Indian journal of veterinary science and animal husbandry - Volume 5,
Year: 1935
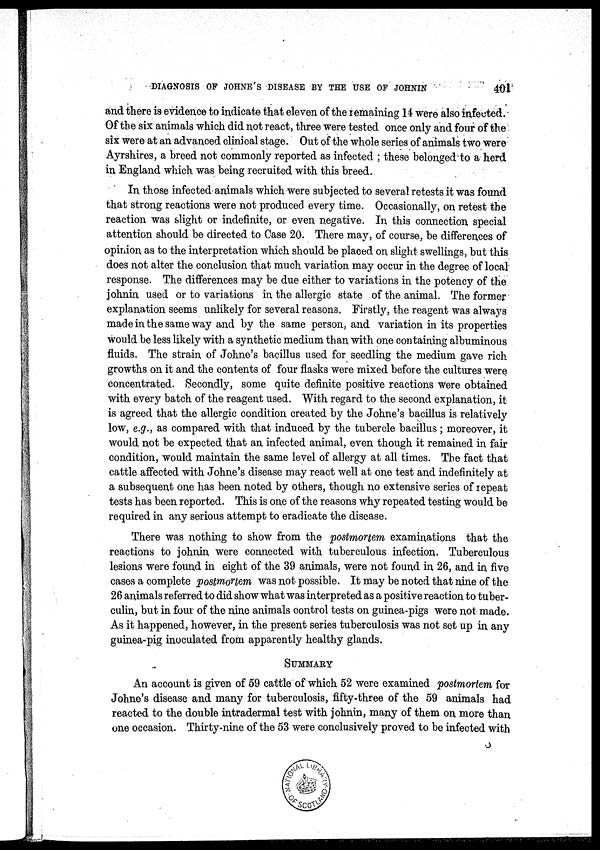
DIAGNOSIS OF JOHNE'S DISEASE BY THE USE OF JOHNIN
401
and there is evidence to indicate that eleven of the remaining 14 were also infected.
Of the six animals which did not react, three were tested once only and four of the
six were at an advanced clinical stage. Out of the whole series of animals two were
Ayrshires, a breed not commonly reported as infected ; these belonged to a herd
in England which was being recruited with this breed.
In those infected animals which were subjected to several retests it was found
that strong reactions were not produced every time. Occasionally, on retest the
reaction was slight or indefinite, or even negative. In this connection special
attention should be directed to Case 20. There may, of course, be differences of
opinion as to the interpretation which should be placed on slight swellings, but this
does not alter the conclusion that much variation may occur in the degree of local
response. The differences may be due either to variations in the potency of the
johnin used or to variations in the allergic state of the animal. The former
explanation seems unlikely for several reasons. Firstly, the reagent was always
made in the same way and by the same person, and variation in its properties
would be less likely with a synthetic medium than with one containing albuminous
fluids. The strain of Johne's bacillus used for seedling the medium gave rich
growths on it and the contents of four flasks were mixed before the cultures were
concentrated. Secondly, some quite definite positive reactions were obtained
with every batch of the reagent used. With regard to the second explanation, it
is agreed that the allergic condition created by the Johne's bacillus is relatively
low, e.g., as compared with that induced by the tubercle bacillus; moreover, it
would not be expected that an infected animal, even though it remained in fair
condition, would maintain the same level of allergy at all times. The fact that
cattle affected with Johne's disease may react well at one test and indefinitely at
a subsequent one has been noted by others, though no extensive series of repeat
tests has been reported. This is one of the reasons why repeated testing would be
required in any serious attempt to eradicate the disease.
There was nothing to show from the postmortem examinations that the
reactions to johnin were connected with tuberculous infection. Tuberculous
lesions were found in eight of the 39 animals, were not found in 26, and in five
cases a complete postmortem was not possible. It may be noted that nine of the
26 animals referred to did show what was interpreted as a positive reaction to tuber-
culin, but in four of the nine animals control tests on guinea-pigs were not made.
As it happened, however, in the present series tuberculosis was not set up in, any
guinea-pig inoculated from apparently healthy glands.
SUMMARY
An account is given of 59 cattle of which 52 were examined postmortem for
Johne's disease and many for tuberculosis, fifty-three of the 59 animals had
reacted to the double intradermal test with johnin, many of them on more than
one occasion. Thirty-nine of the 53 were conclusively proved to be infected with